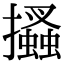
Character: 𢸪